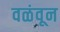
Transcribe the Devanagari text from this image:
वळंवून